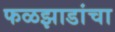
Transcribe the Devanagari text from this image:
फळझाडांचा